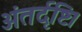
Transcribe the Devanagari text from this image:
अंतर्दृष्टि।